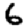
Digit: 6